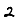
Digit: 2